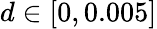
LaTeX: d\in[0,0.005]